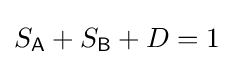
S_{\mathsf {A}}+S_{\mathsf {B}}+D=1